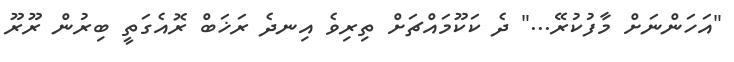
"އަހަންނަށް މާފުކުރޭ..." ދެ ކަކޫމައްޗަށް ތިރިވެ އިނދެ ރަޚަބް ރޮއެގަތީ ބިރުން ރޫރޫ